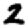
Digit: 2